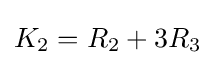
K_{2}=R_{2}+3R_{3}